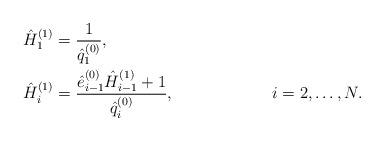
LaTeX: \begin{align*} &\hat{H}_{1}^{( 1 )} = \displaystyle \frac{1 }{\hat{q}_{1}^{( 0 )}}, & & \\ &\hat{H}_{i}^{( 1 )} = \displaystyle \frac{\hat{e}_{i - 1}^{( 0 )} \hat{H}_{i - 1}^{( 1 )} + 1}{\hat{q}_{i}^{( 0 )}}, & &i = 2, \dots , N. \end{align*}